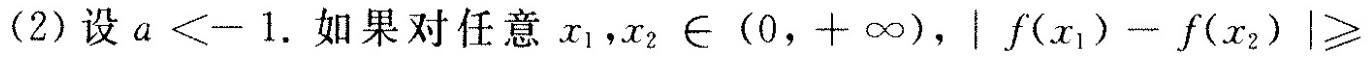
(2)设α<-1.如果对任意x_{ 1 }，x_{ 2 }$$∈ ( 0 ， + ∞ )$$，$$| f ( x _ { 1 } ) - f ( x _ { 2 } ) | ≥$$